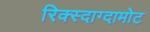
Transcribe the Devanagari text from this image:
रिक्स्दाग्दामोट